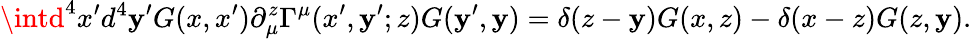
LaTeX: \intd^{4}x^{\prime}d^{4}\mathbf{y}^{\prime}G(x,x^{\prime})\partial_{\mu}^{z}\Gamma^{\mu}(x^{\prime},\mathbf{y}^{\prime};z)G(\mathbf{y}^{\prime},\mathbf{y})=\delta(z-\mathbf{y})G(x,z)-\delta(x-z)G(z,\mathbf{y}).